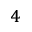
_ 4